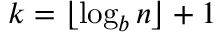
k = \lfloor \log _ { b } { n } \rfloor + 1